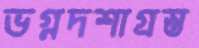
ভগ্নদশাগ্রস্ত